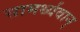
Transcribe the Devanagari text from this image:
सामर्थ्यवान्